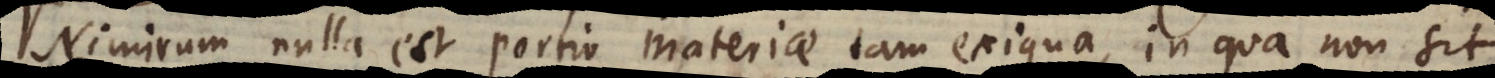
Nimirum nulla est portio materiae tam exigua, in qua non sit